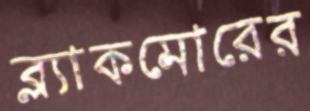
ব্ল্যাকমোরের